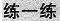
练一练